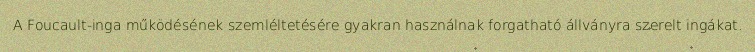
A Foucault-inga működésének szemléltetésére gyakran használnak forgatható állványra szerelt ingákat.